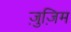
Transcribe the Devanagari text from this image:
ज़ुज़िम